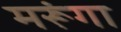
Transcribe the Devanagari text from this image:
मरूंगा